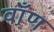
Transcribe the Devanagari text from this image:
वाँण